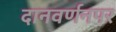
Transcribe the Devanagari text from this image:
दानवर्णनपर